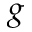
g